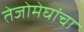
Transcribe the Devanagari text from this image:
तेजोमेघांचा